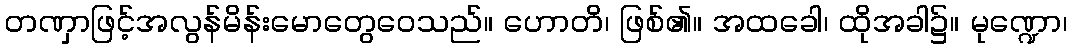
တဏှာဖြင့်အလွန်မိန်းမောတွေဝေသည်။ ဟောတိ၊ ဖြစ်၏။ အထခေါ၊ ထိုအခါ၌။ မုဏ္ဍော၊